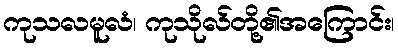
ကုသလမူလံ၊ ကုသိုလ်တို့၏အကြောင်း၊